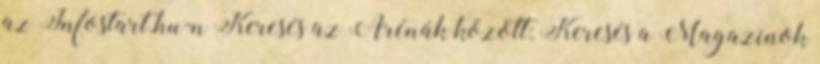
az Infostart.hu-n Keresés az Arénák között: Keresés a Magazinok